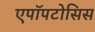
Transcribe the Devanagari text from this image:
एपॉपटोसिस